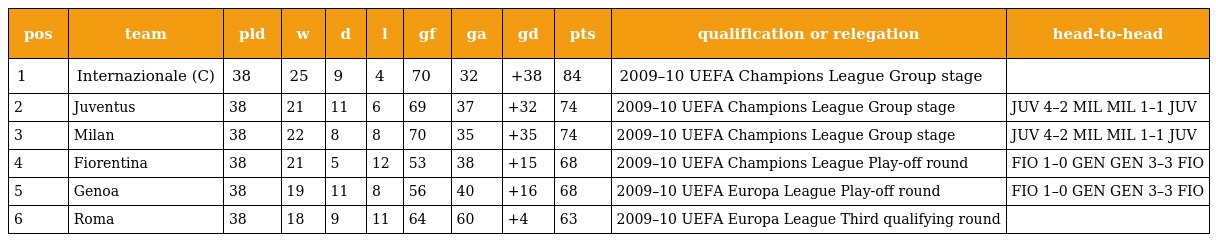
| pos | team | pld | w | d | l | gf | ga | gd | pts | qualification or relegation | head-to-head |
 | --- | --- | --- | --- | --- | --- | --- | --- | --- | --- | --- | --- |
 | 1 | Internazionale (C) | 38 | 25 | 9 | 4 | 70 | 32 | +38 | 84 | 2009–10 UEFA Champions League Group stage |  |
 | 2 | Juventus | 38 | 21 | 11 | 6 | 69 | 37 | +32 | 74 | 2009–10 UEFA Champions League Group stage | JUV 4–2 MIL MIL 1–1 JUV |
 | 3 | Milan | 38 | 22 | 8 | 8 | 70 | 35 | +35 | 74 | 2009–10 UEFA Champions League Group stage | JUV 4–2 MIL MIL 1–1 JUV |
 | 4 | Fiorentina | 38 | 21 | 5 | 12 | 53 | 38 | +15 | 68 | 2009–10 UEFA Champions League Play-off round | FIO 1–0 GEN GEN 3–3 FIO |
 | 5 | Genoa | 38 | 19 | 11 | 8 | 56 | 40 | +16 | 68 | 2009–10 UEFA Europa League Play-off round | FIO 1–0 GEN GEN 3–3 FIO |
 | 6 | Roma | 38 | 18 | 9 | 11 | 64 | 60 | +4 | 63 | 2009–10 UEFA Europa League Third qualifying round |  |